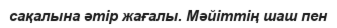
сақалына әтір жағалы. Мәйіттің шаш пен